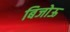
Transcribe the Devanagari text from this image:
बिजोऊ